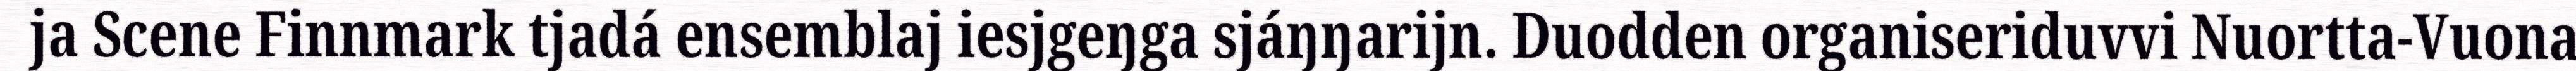
ja Scene Finnmark tjadá ensemblaj iesjgeŋga sjáŋŋarijn. Duodden organiseriduvvi Nuortta-Vuona